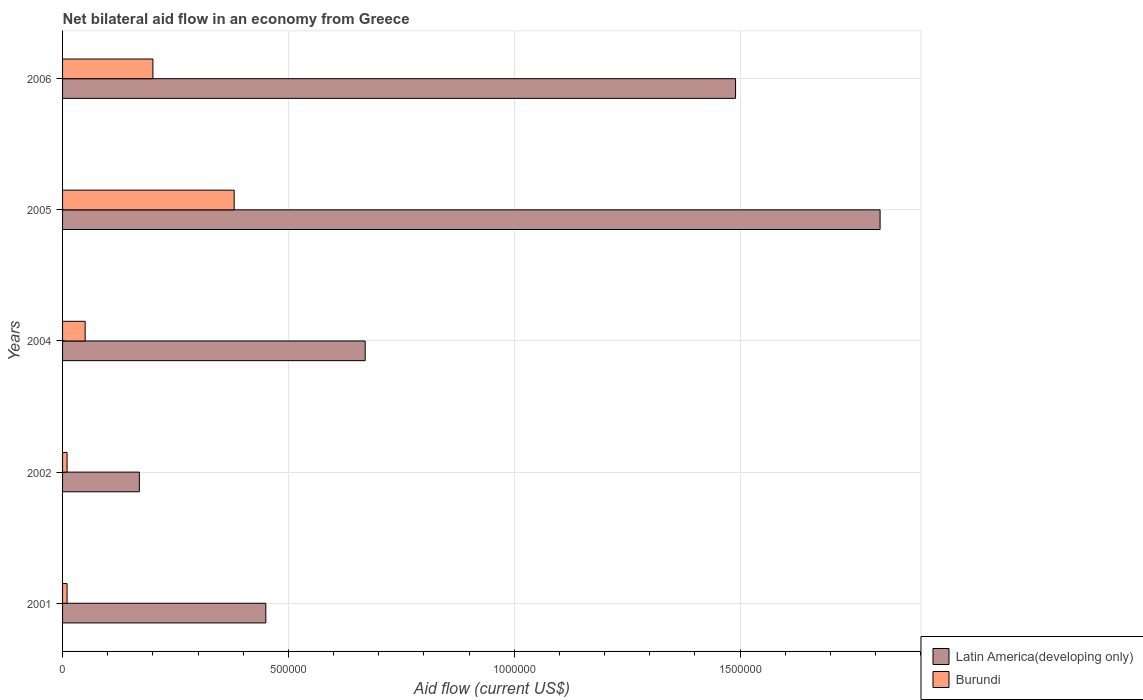
| Years | Latin America(developing only) | Burundi |
 | --- | --- | --- |
 | 2001 | 4.5e+05 | 1e+04 |
 | 2002 | 1.7e+05 | 1e+04 |
 | 2004 | 6.7e+05 | 5e+04 |
 | 2005 | 1.81e+06 | 3.8e+05 |
 | 2006 | 1.49e+06 | 2e+05 |